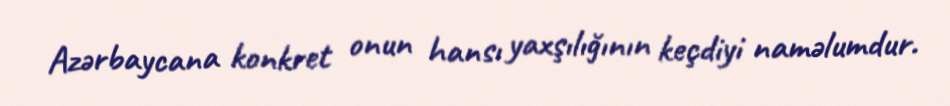
Azərbaycana konkret onun hansı yaxşılığının keçdiyi naməlumdur.